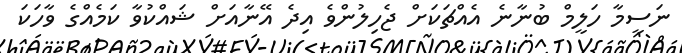
ނަސީމާ ހަލީމް ބުނާނެ އެއްޗަކަށް ޖެހިލުންވެ އިދެ އޭނާއަށް ޝައްކުވާ ކަމެއްގެ ވާހަކަ